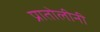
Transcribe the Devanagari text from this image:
प्रातोलीनी